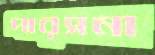
পারসনা